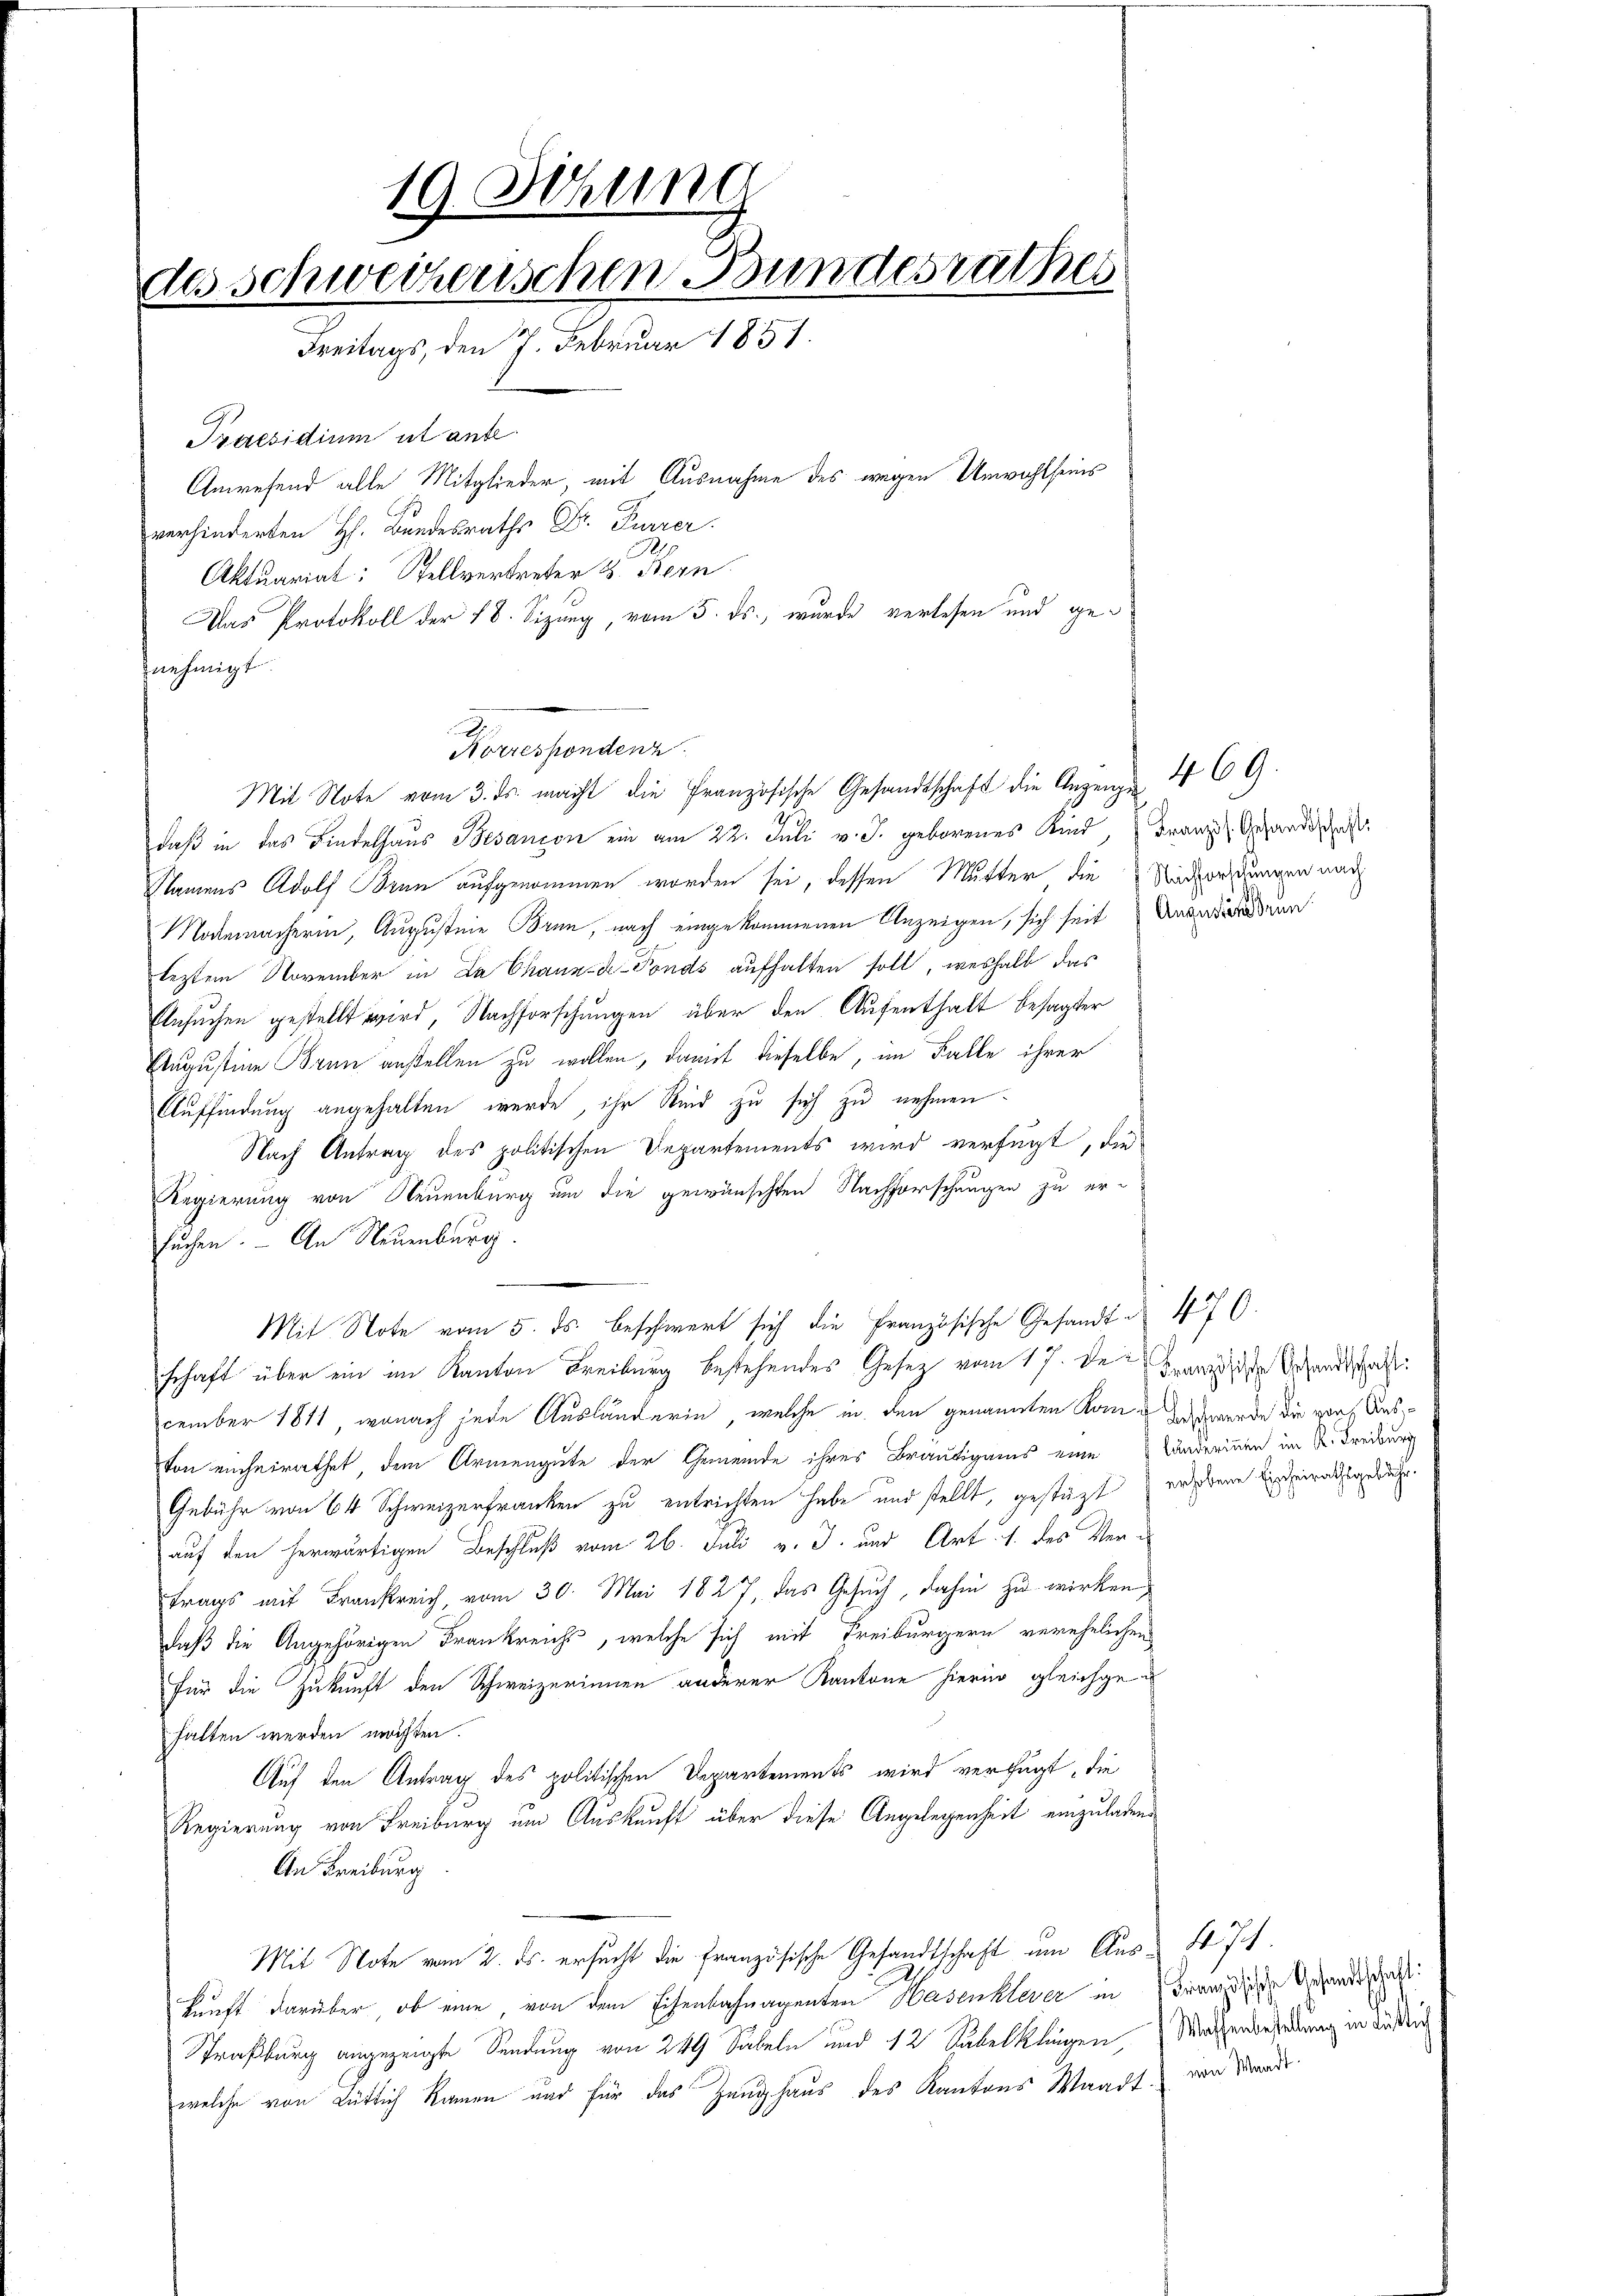
19. Sitzung
des Schweizerischen Bundesrathes
Freitags, den 7. Februar 1851.
Praesidium ut ande
Anwesend alle Mitglieder, mit Ausnahme des wegen Unwahl seins

D

verhinderten Hs. Bundesraths Dr. Furrer.
Aktuariat: Stellvertreter 8. Fern
Das Protokoll der 18. Sizung, vom 5. ds., wurde verlesen und gebnehmigt.
Norrespondenz
daß in das Findelhaus Besancon ein am 22. Juli v. J. geborenes Kind, Franz Gesandtschaf
Namens Adolf Brun aufgenommen worden sei, dessen Mutter die Aadordungen nach
Mogemacherin, Augustein Brun, nach eingekommenen Anzeigen, sich seit Angedenen
leztem November in Da Chaux-de-Fonds aufhalten soll, weshalb das
Ansuchen gestellt wird, Nachforschungen über den Aufenthalt besagter
Etugustine Brau anstellen zu wollen, damit dieselbe, im Falle ihrer
Auffindung angehalten werde, ihr Kind zu sich zu nehmen.
Nach Antrag des politischen Departements wird verfügt, die
Regierung von Neuenburg um die gewünschten Nachforschungen zu ersuchen. — An Neuenburg.
Mit Note vom 5. ds. beschwert sich die Französische Gesandt § 476
schaft über ein im Kanton Freiburg bestehendes Gesetz vom 17. de dann die Gesandtschaft
cember 1811, wonach jede Auslängerin, welche in den genannten Kamme das werde die von Ausvon einheirathet, dem Armengute der Gemeinde ihres Bräutigams eine Landerinnen im K. Freiburg
Gebühr von 64 Schweizerfranken zu entrichten habe und stellt, gestüzt er dene Einheiratendreche.
auf den herwärtigen Beschluß vom 26. Juli v. J. und Art. 1. des Vertrags mit Frankreich, vom 30. Mai 1827, das Gesuch, dahin zu wirken,
daß die Angehörigen Frankreichs, welche sich mit Freiburgern verehelichen
Für die Zukunft den Schweizerinnen anderer Kantone hierin gleichgehalten werden möchten.
Auf den Antrag des politischen Departements wird verfügt, die
Regierung von Freiburg um Auskunft über diese Angelegenheit einzuladene
An Freiburg
Mit Note vom 2. ds. ersucht die Französische Gesandtschaft um Aus- 7
kunft darüber, ob eine, von dem Eisenbahnagenten Hasenklerer in Franzische Gesandtsch
Straßburg angezeigte Sendung von 249 Sabeln und 12 Subelklingen. (Malherbesoldung in de
welche von Rütlich Namen und für das Zeughaus des Kantons Waadt, von Brande.

Mit Note vom 3. ds. macht die Französische Gesandtschaft die Anzeigen 4 CG.